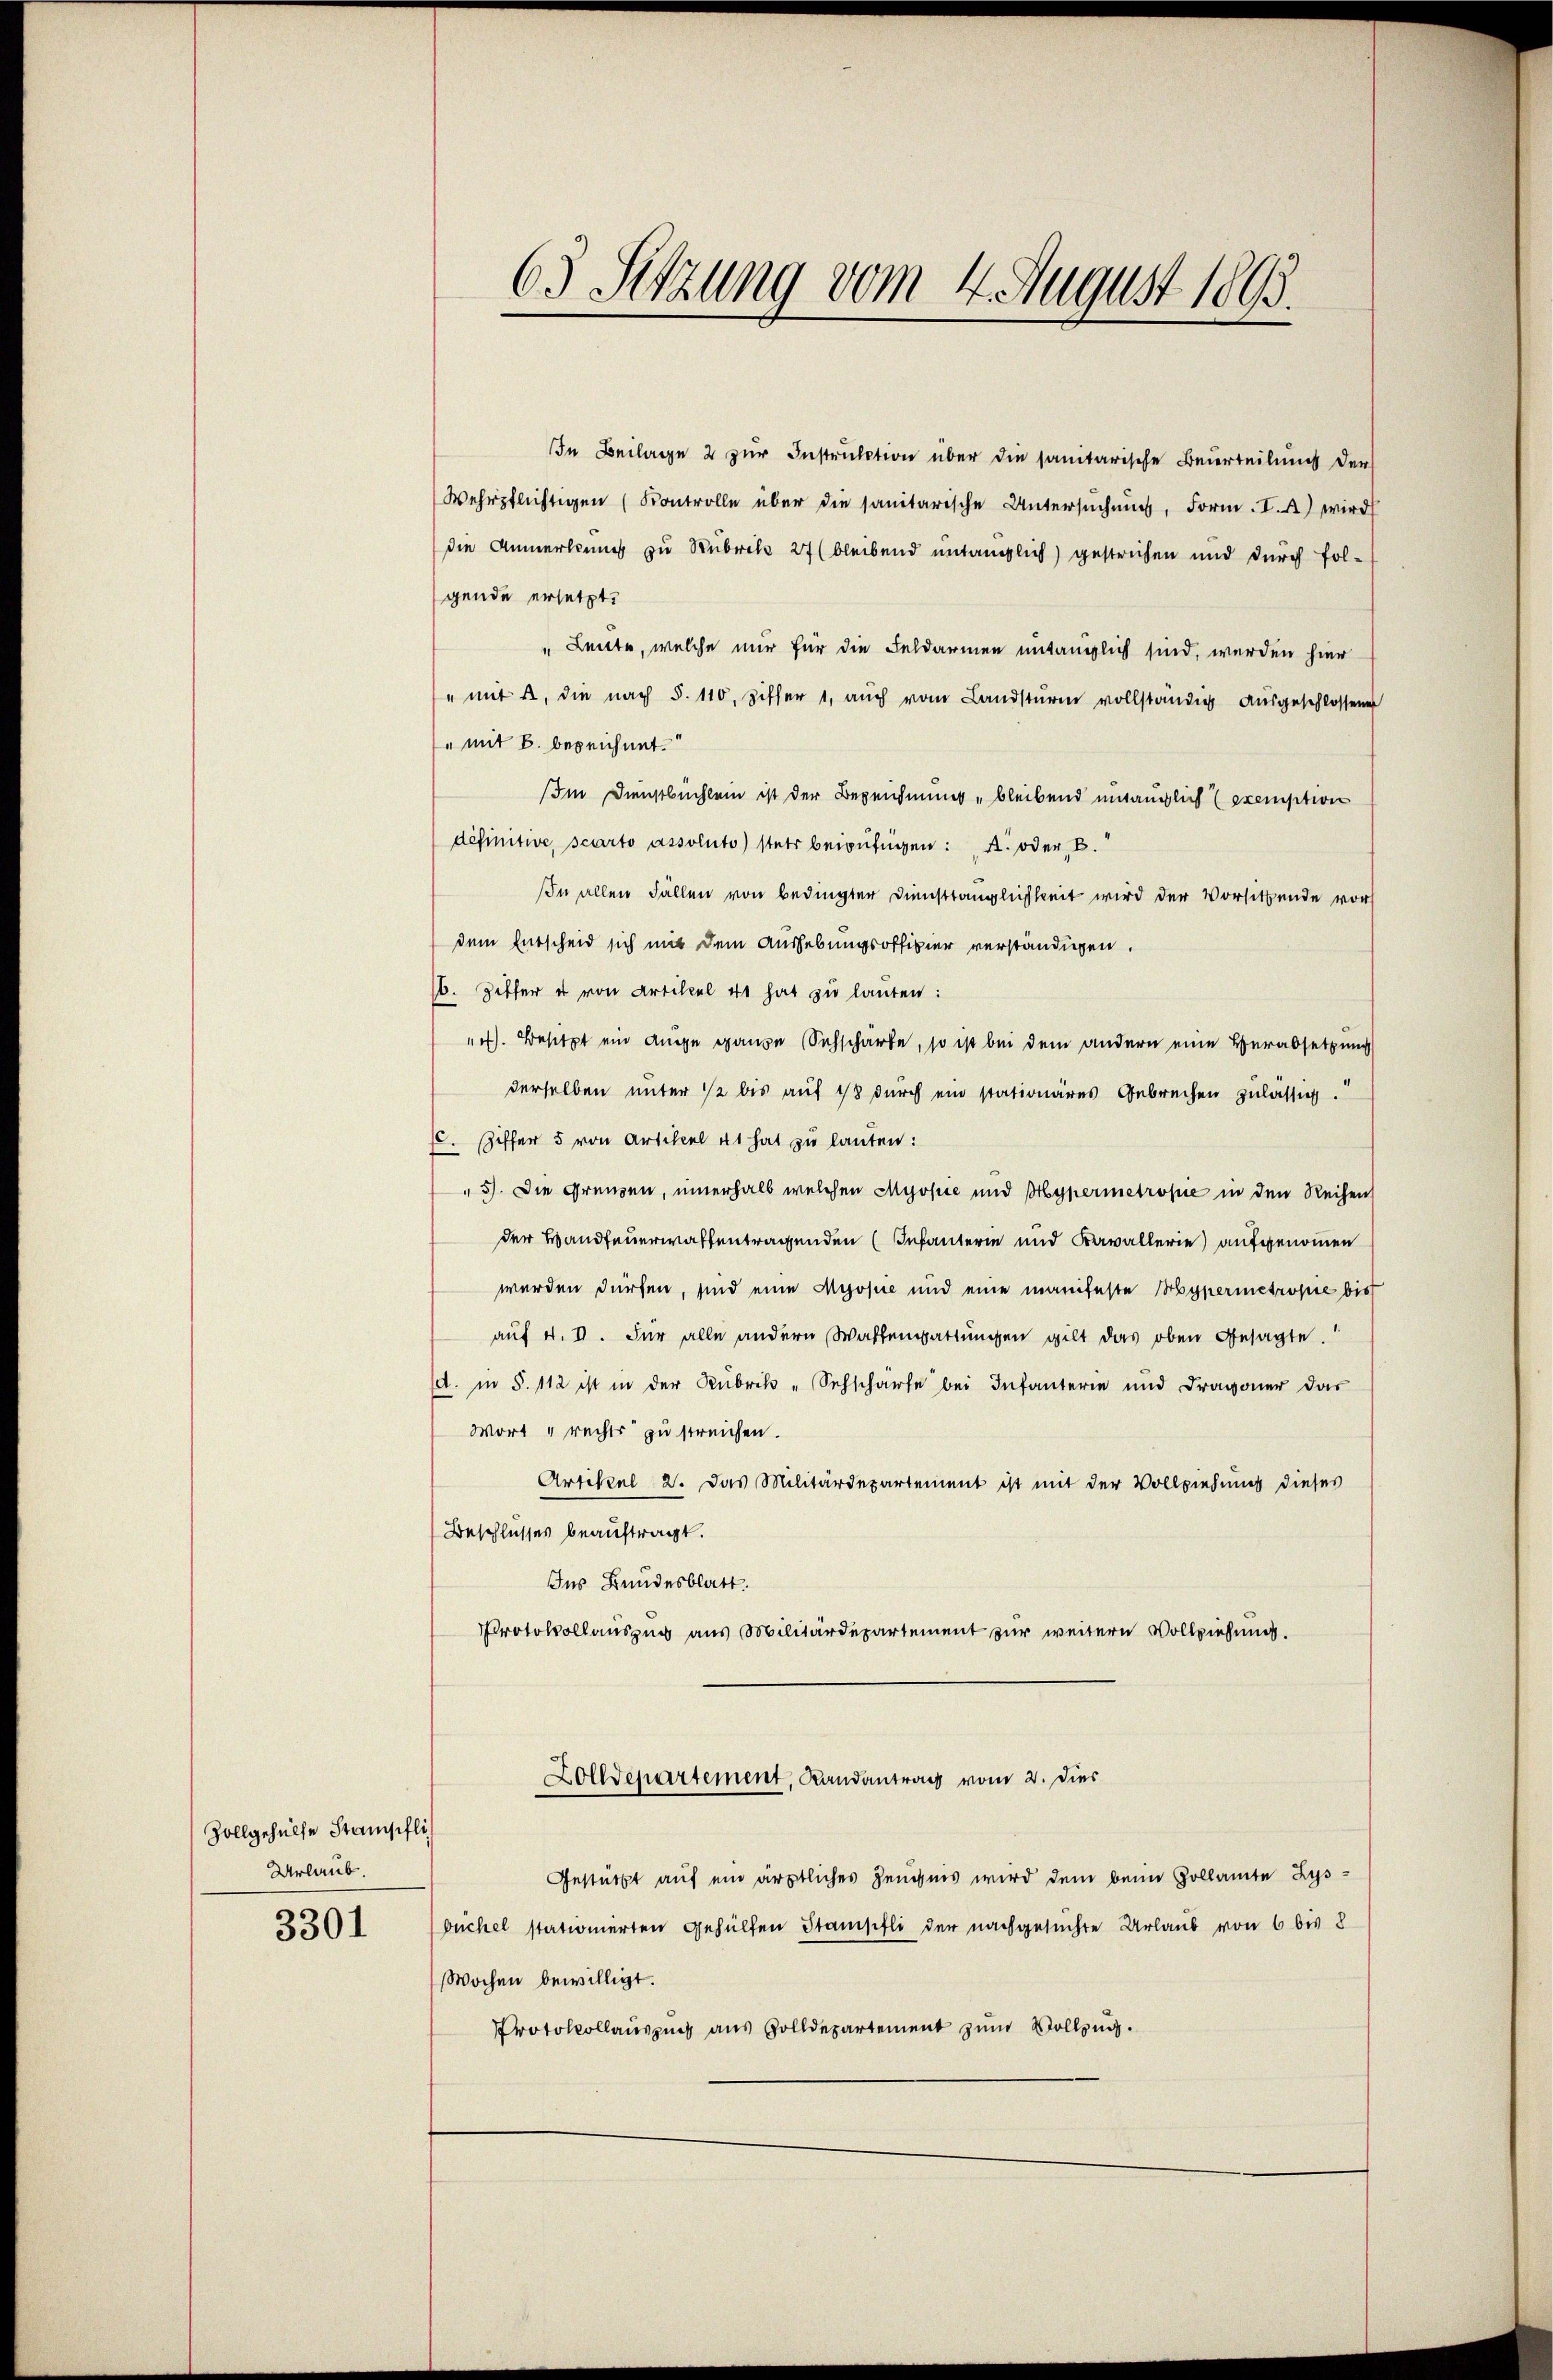
Zollgehülfe Stanschli
Urlaub.

3301

63 Sitzung vom 4. August 1895.

In Beilage 2 zur Instruktion über die sanitarische Beurteilung der
Wehrpflichtigen (Kontrolle über die sanitarische Untersŭchŭng, Form. I. 4) wird
die Anmerkung zu Rubrike 27 (bleibend untauglich) gestrichen und durch folgende ersetzt.
" Leute, welche nur für die Feldarmen untauglich sind, werden hier
" mit u. die nach §. 110, Ziffer 1, aŭch vom Landstŭrm vollständig aŭsgeschlossenen
" mit B. bezeichnet.
Im Dingebüchlein ist der Bezeichnung, bleibend untauglich exemption
définitive scarto assoluto) stets beizufügen: A. oder B.
In allen Fällen von bedingter Diensttänglichkeit wird der Vorsitzende vorh
dem Entscheid sich mit dem Aushebungsoffizier verständigen.
16. Zetter u von Artikel 41 hat zu lauten:
). Besitzt ein Auge ganze Sechschärfe, so ist bei dem andern eine Herabsetzung
derselben unter 1/2 bis auf 18 durch ein stationares Gebrechen zulässig.“
10. Ziffer 5 von Artikel et hat zu lauten:
5). Die Grenzen, innerhalb welchen Myopie und Hyperinetropić in den Reihen
der Handfeuerwaffentragenden (Infanterie und Kavallerie) aufgenommen
werden dürfen, sind eine Myosie und eine manifeste Mypermetropie bis
auf 4. II. Für alle andern Waffengattungen gilt das oben gesagte.
(d. in §. 112 ist in der Rubrik-Sehschärfe bei Infanterie und Dragoner das
Wort rechts zu streichen.
Artikel 2. Das Militärdepartement ist mit der Vollziehung dieses
Beschlusses beauftragt.
Ins Bundesblatt.
Protokollauszug aus Militärdepartement zur weitern Vollziehung.
Zolldepartement, Randantrag vom 2. Dies
Gestützt auf ein ärztliches Zeugnis wird dem beim Gollamte Zysbuchel stationierten gehülfen Stampfli der nachgesuchte Urlaub von 6 bis 8
Wochen bewilligt.
Protokollauszug aus Zolldepartement zum Vollzug.